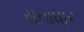
સતાધાર